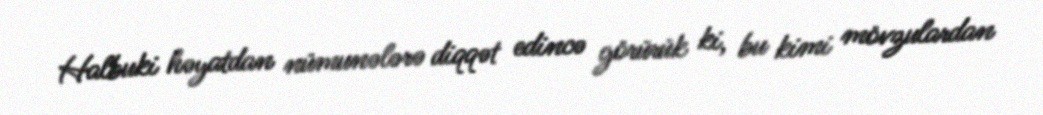
Halbuki həyatdan nümunələrə diqqət edincə görürük ki, bu kimi mövzulardan